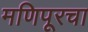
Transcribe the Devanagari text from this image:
मणिपूरचा